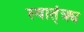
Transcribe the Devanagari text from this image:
स्वात्ंत्र्य